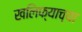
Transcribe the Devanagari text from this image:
खलिफ्याच्या